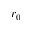
r _ { 0 }